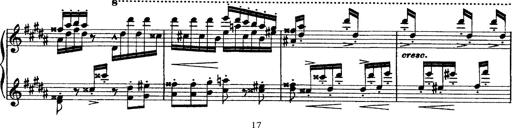
Title: Grandes Ã©tudes de Paganini
Composer: Franz Liszt